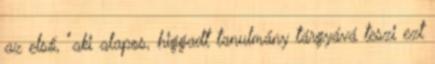
az első, "aki alapos, higgadt tanulmány tárgyává teszi ezt